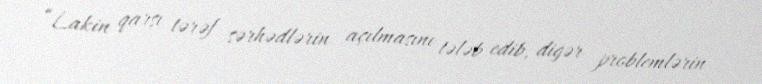
“Lakin qarşı tərəf sərhədlərin açılmasını tələb edib, digər problemlərin